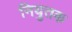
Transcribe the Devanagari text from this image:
नियुतक